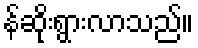
န်ဆိုးရွားလာသည်။